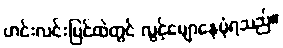
ဟင်းလင်းပြင်ထဲတွင် လွင့်မျောနေပုံရသည်။